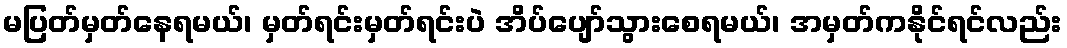
မပြတ်မှတ်နေရမယ်၊ မှတ်ရင်းမှတ်ရင်းပဲ အိပ်ပျော်သွားစေရမယ်၊ အမှတ်ကနိုင်ရင်လည်း